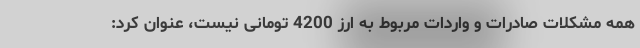
همه مشکلات صادرات و واردات مربوط به ارز 4200 تومانی نیست، عنوان کرد: